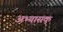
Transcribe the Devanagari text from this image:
अभ्यासक्